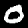
Label: 0